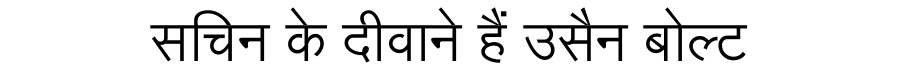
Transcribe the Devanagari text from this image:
सचिन के दीवाने हैं उसैन बोल्ट